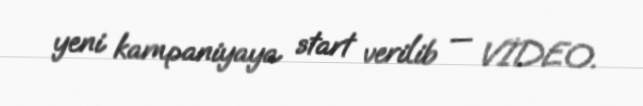
yeni kampaniyaya start verilib — VİDEO.